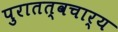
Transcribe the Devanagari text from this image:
पुरातत्वचार्य